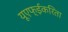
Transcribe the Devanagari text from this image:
यूएफ्ईकरिता